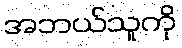
အဘယ်သူကို